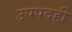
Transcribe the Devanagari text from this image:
उपपदही